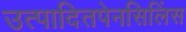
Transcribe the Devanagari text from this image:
उत्पादितपेनसिलिंस